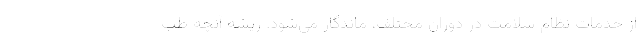
از خدمات نظام سلامت در دوران مختلف، ماندگار می‌شود. ریشه آنچه طب